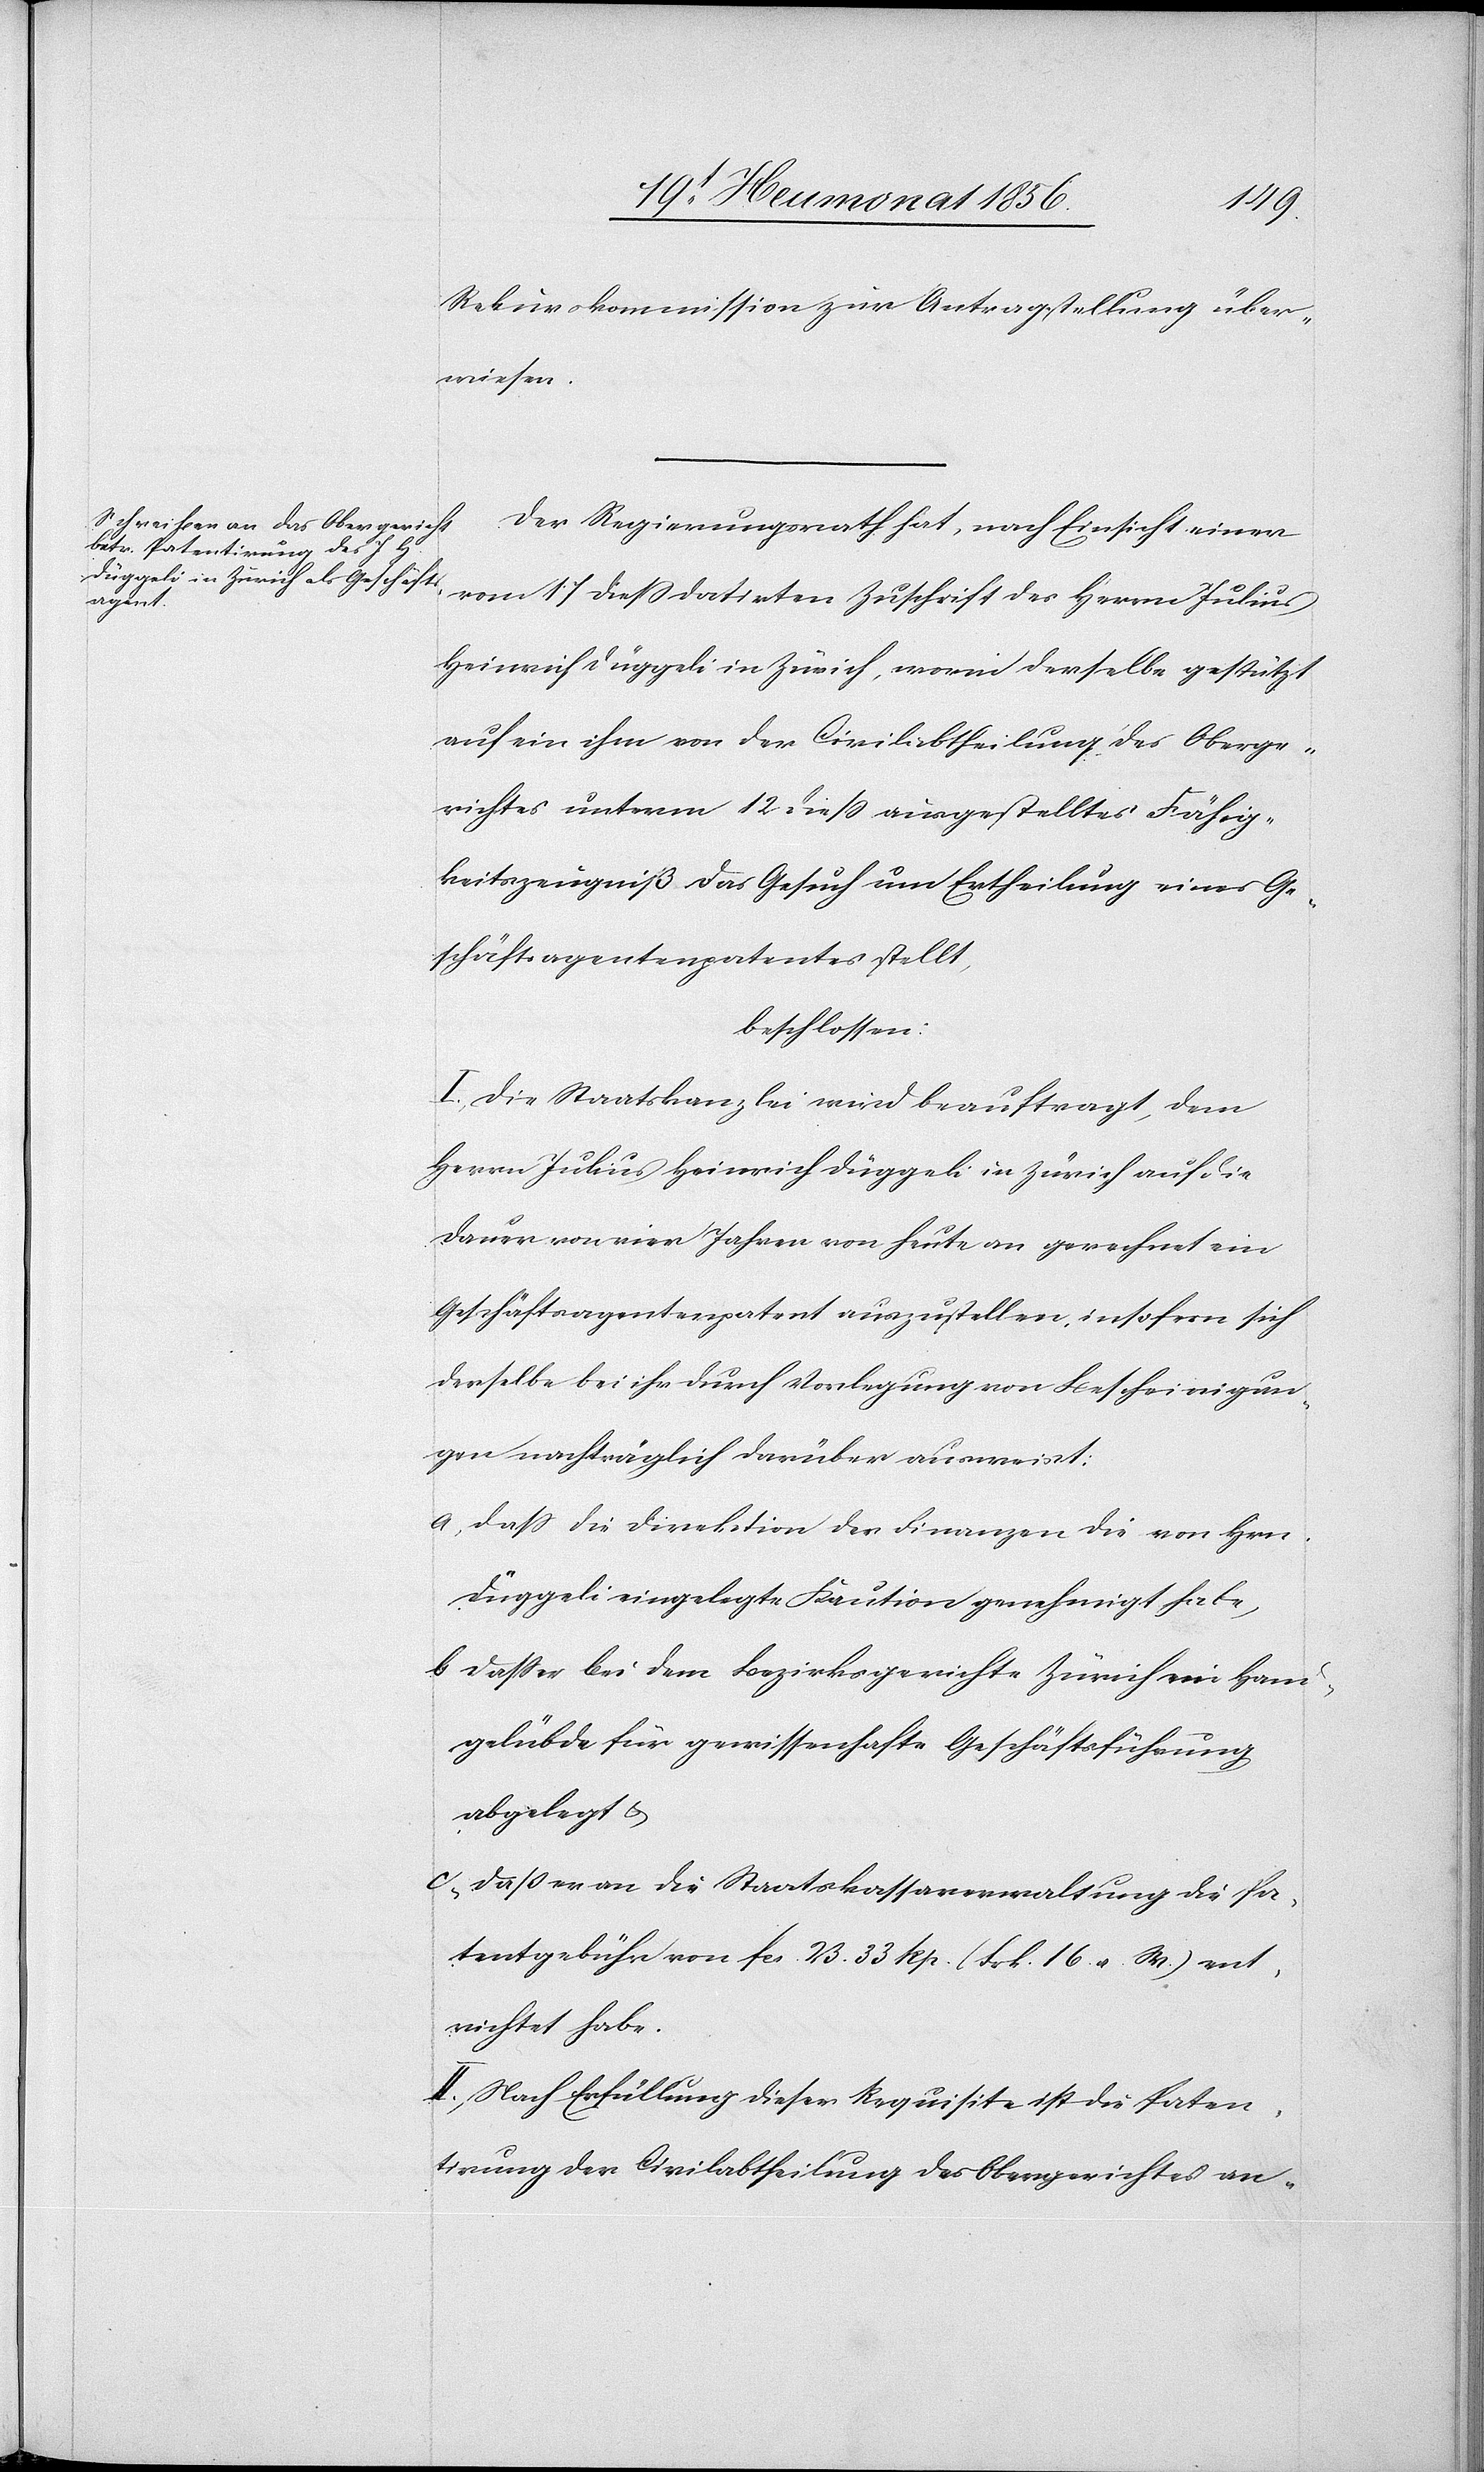
Rekurskommission zur Antragstellung über¬
wiesen.
Der Regierungsrath hat, nach Einsicht einer
vom 17 diess datirten Zuschrift des Herrn Julius
Heinrich Düggeli in Zürich, worin derselbe gestützt
auf ein ihm von der Civilabtheilung des Oberge¬
richtes unterm 12 diess ausgestelltes Fähig¬
keitszeugniß das Gesuch um Ertheilung eines Ge¬
schäftsagentenpatentes stellt,
beschlossen:
I. Die Staatskanzlei wird beauftragt, dem
Herrn Julius Heinrich Düggeli in Zürich auf die
Dauer von vier Jahren von heute an gerechnet ein
Geschäftsagentenpatent auszustellen, insofern sich
derselbe bei ihr durch Vorlegung von Bescheinigun¬
gen nachträglich darüber ausweist:
a) dass die Direktion der Finanzen die von Hrn.
Düggeli eingelegte Kaution genehmigt habe,
b) dass er bei dem Bezirksgerichte Zürich ein Hand¬
gelübde für gewissenhafte Geschäftsführung
abgelegt &
c) dass er an die Staatskassaverwaltung die Pa¬
tentgebühr von fcs. 23. 33 Rp. (Frk. 16 a. W) ent¬
richtet habe.
II. Nach Erfüllung dieser Requisite ist die Paten¬
tirung der Civilabtheilung des Obergerichtes an-